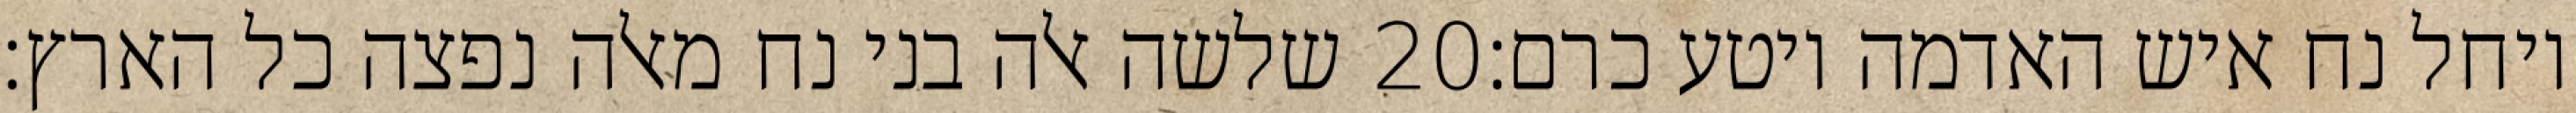
שלשה אלה בני נח מאלה נפצה כל הארץ׃ ‎20‏ ויחל נח איש האדמה ויטע כרם׃